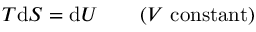
T \mathrm { d } S = \mathrm { d } U \, \, \, \, \, \, \, \, \, \, \, \, ( V \, \, { \mathrm { c o n s t a n t ) } }